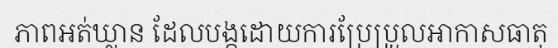
ភាពអត់ឃ្លាន ដែលបង្កដោយការប្រែប្រួលអាកាសធាតុ